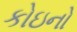
કોઇનો